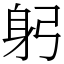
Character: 躬